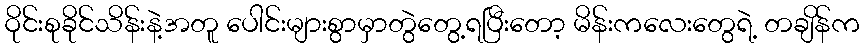
ဝိုင်းစုခိုင်သိန်းနဲ့အတူ ပေါင်းများစွာမှာတွဲတွေ့ရပြီးတော့ မိန်းကလေးတွေရဲ့ တချိန်က